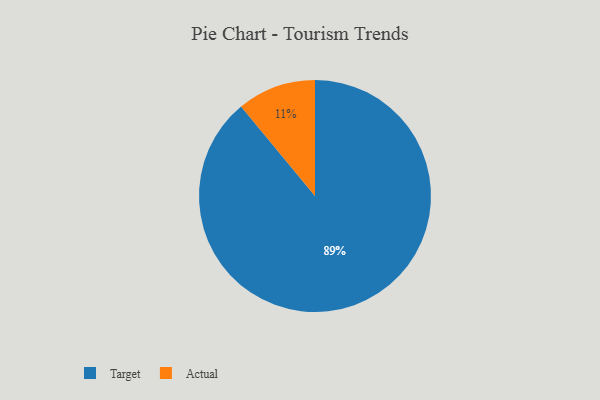
{"axis": {"x": "Category", "y": "Percentage"}, "legend": ["Actual", "Target"], "data": [{"x": "Actual", "y": 11, "type": "Actual"}, {"x": "Target", "y": 89, "type": "Target"}]}